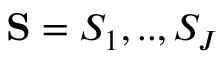
{ \bf S } = S _ { 1 } , . . , S _ { J }